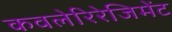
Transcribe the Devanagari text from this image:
कवलेरिरेजिमेंट